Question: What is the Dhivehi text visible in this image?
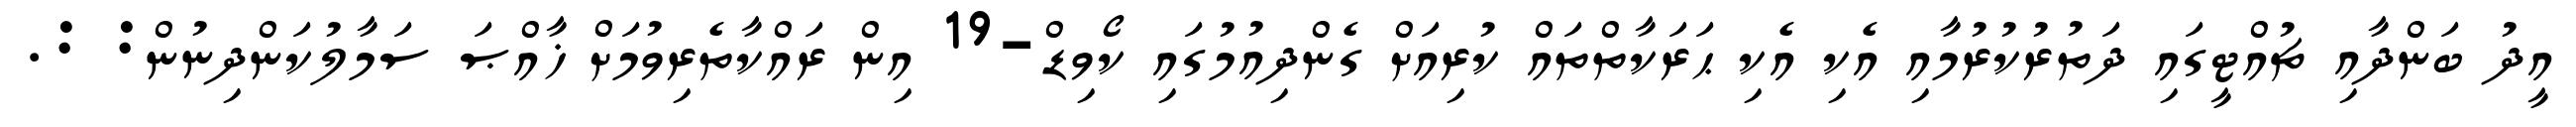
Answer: އީދު ބަންދާއި ޗުއްޓީގައި ދަތުރުކުރުމާއި އެކި އެކި ޙަރަކާތްތައް ކުރިއަށް ގެންދިއުމުގައި ކޯވިޑް-19 އިން ރައްކާތެރިވުމަށް ޚާއްޞަ ސަމާލުކަންދިނުން: :.